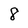
Character: 8